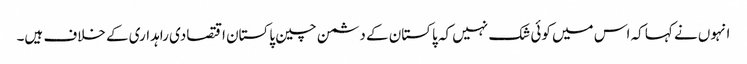
انہوں نے کہا کہ اس میں کوئی شک نہیں کہ پاکستان کے دشمن چین پاکستان اقتصادی راہداری کے خلاف ہیں۔